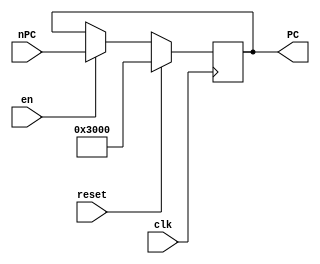
`timescale 1ns / 1ps
`define PC_DEFAULT 32'h0000_3000

module PC(
    input [31:0] nPC,
    input en,
	input reset,
    input clk,
    output [31:0] PC
    );
	
	reg [31:0] pc=`PC_DEFAULT;
	always@(posedge clk)begin
		if(reset)pc<=`PC_DEFAULT;
		else if(en)pc<=nPC;
	end
	assign PC=pc;

endmodule